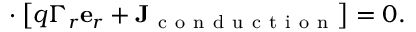
\mathbf { \nabla } \cdot \left[ q \Gamma _ { r } \mathbf { e } _ { r } + \mathbf { J } _ { \mathrm { ~ c ~ o ~ n ~ d ~ u ~ c ~ t ~ i ~ o ~ n ~ } } \right] = 0 .